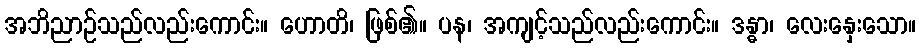
အဘိညာဉ်သည်လည်းကောင်း။ ဟောတိ၊ ဖြစ်၏။ ပန၊ အကျင့်သည်လည်းကောင်း။ ဒန္ဓာ၊ လေးနှေးသော။